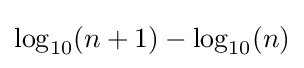
\log _{10}(n+1)-\log _{10}(n)